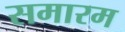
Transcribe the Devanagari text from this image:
समारम